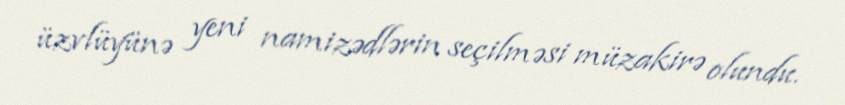
üzvlüyünə yeni namizədlərin seçilməsi müzakirə olundu.